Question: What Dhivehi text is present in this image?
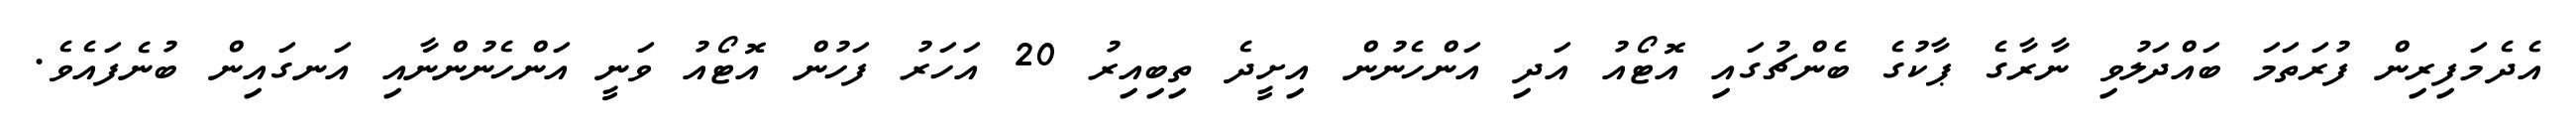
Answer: އެދެމަފިރިން ފުރަތަމަ ބައްދަލުވި ނާރާގެ ޕާކުގެ ބެންޗުގައި އޮޓޯއު އަދި އަންހެނުން އިށީދެ ތިބިއިރު 20 އަހަރު ފަހުން އޮޓޯއު ވަނީ އަންހެނުންނާއި އަނގައިން ބުނެފައެވެ.